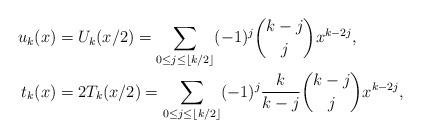
LaTeX: \begin{align*}u_k(x) &= U_k(x/2) = \sum_{0 \leq j \leq \lfloor k/2 \rfloor}(-1)^j\binom{k-j}{j}x^{k-2j},\\ t_k(x) &= 2T_k(x/2) = \sum_{0 \leq j \leq \lfloor k/2 \rfloor}(-1)^j\frac{k}{k-j}\binom{k-j}{j}x^{k-2j},\end{align*}